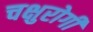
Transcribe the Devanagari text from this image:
चक्षुरोगी